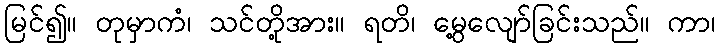
မြင်၍။ တုမှာကံ၊ သင်တို့အား။ ရတိ၊ မွေ့လျော်ခြင်းသည်။ ကာ၊